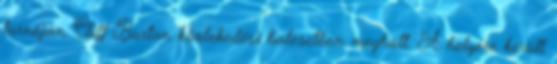
turnéján Cliff Burton közlekedési balesetben meghalt. A helyére került